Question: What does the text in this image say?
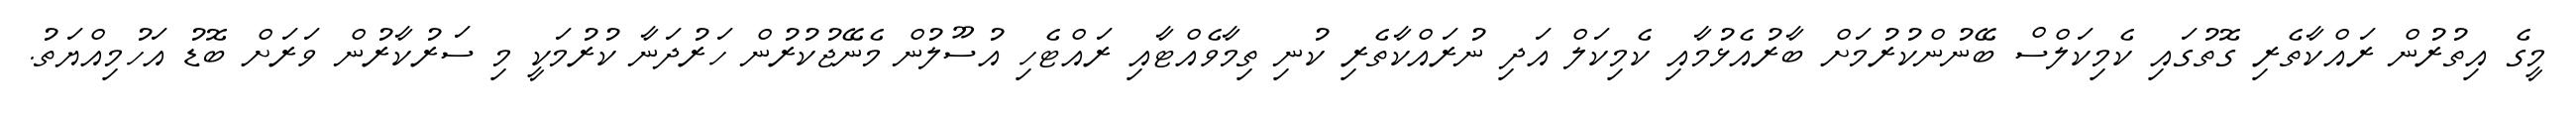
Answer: މީގެ އިތުރުން ރައްކާތެރި ގޮތުގައި ކެމިކަލްސް ބޭނުންކުރުމަށް ބާރުއެޅުމާއި ކެމިކަލް އަދި ނުރައްކާތެރި ކުނި ތިމާވެއްޓާއި ރައްޓެހި އުސޫލުން މެނޭޖުކުރުން ހަރުދަނާ ކުރުމަކީ މި ސަރުކާރުން ވަރަށް ބޮޑު އަހުމިއްޔަތު.